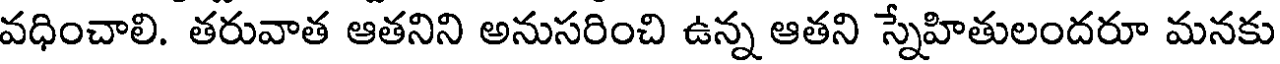
వధించాలి. తరువాత ఆతనిని అనుసరించి ఉన్న ఆతని స్నేహితులందరూ మనకు